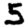
Digit: 5